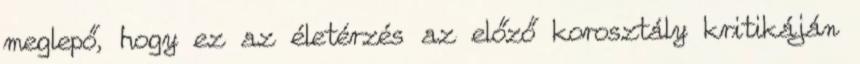
meglepő, hogy ez az életérzés az előző korosztály kritikáján